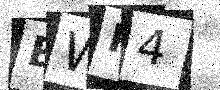
Text: EWP4